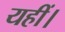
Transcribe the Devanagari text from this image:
यहीं।